Vaccination in Bombay 1863-1868 - 1863-1868
Year: 1863
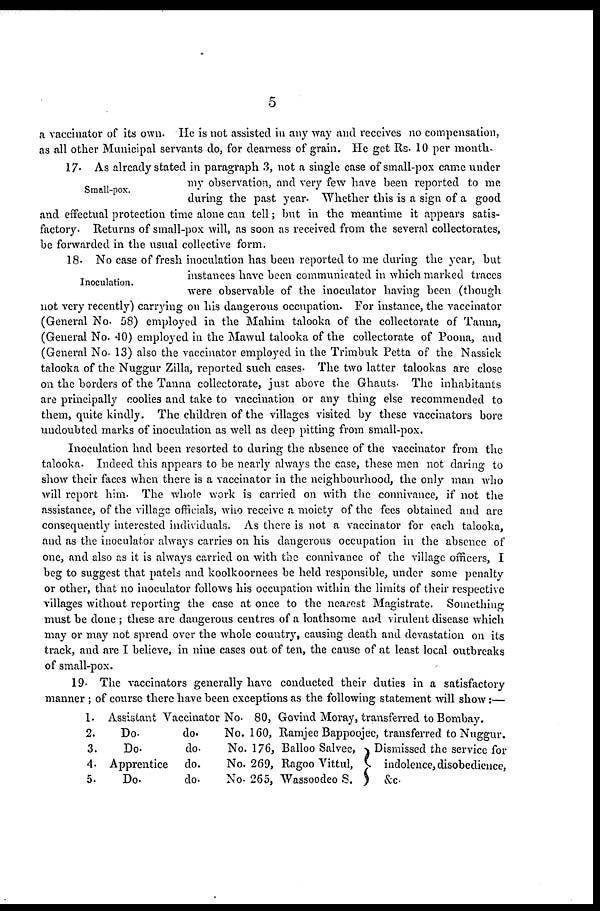
5
a vaccinator of its own. He is not assisted in any way and receives no compensation,
as all other Municipal servants do, for dearness of grain. He get Rs. 10 per month.
Small-pox.
17. As already stated in paragraph 3, not a single case of small-pox came under
my observation, and very few have been reported to me
during the past year. Whether this is a sign of a good
and effectual protection time alone can tell; but in the meantime it appears satis-
factory. Returns of small-pox will, as soon as received from the several collectorates,
be forwarded in the usual collective form.
Inoculation.
18. No case of fresh inoculation has been reported to me during the year, but
instances have been communicated in which marked traces
were observable of the inoculator having been (though
not very recently) carrying on his dangerous occupation. For instance, the vaccinator
(General No. 58) employed in the Mahim talooka of the collectorate of Tanna,
(General No. 40) employed in the Mawul talooka of the collectorate of Poona, and
(General No. 13) also the vaccinator employed in the Trimbuk Petta of the Nassick
talooka of the Nuggur Zilla, reported such cases. The two latter talookas are close
on the borders of the Tanna collectorate, just above the Ghauts. The inhabitants
are principally coolies and take to vaccination or any thing else recommended to
them, quite kindly. The children of the villages visited by these vaccinators bore
undoubted marks of inoculation as well as deep pitting from small-pox.
Inoculation had been resorted to during the absence of the vaccinator from the
talooka. Indeed this appears to be nearly always the case, these men not daring to
show their faces when there is a vaccinator in the neighbourhood, the only man who
will report him. The whole work is carried on with the connivance, if not the
assistance, of the village officials, who receive a moiety of the fees obtained and are
consequently interested individuals. As there is not a vaccinator for each talooka,
and as the inoculator always carries on his dangerous occupation in the absence of
one, and also as it is always carried on with the connivance of the village officers, I
beg to suggest that patels and koolkoornees be held responsible, under some penalty
or other, that no inoculator follows his occupation within the limits of their respective
villages without reporting the case at once to the nearest Magistrate. Something
must be done ; these are dangerous centres of a loathsome and virulent disease which
may or may not spread over the whole country, causing death and devastation on its
track, and are I believe, in nine cases out of ten, the cause of at least local outbreaks
of small-pox.
19. The vaccinators generally have conducted their duties in a satisfactory
manner ; of course there have been exceptions as the following statement will show:—
1.
2.
3.
4.
5.
Assistant Vaccinator No. 80, Govind Moray, transferred to Bombay.
Do.
do.
No. 160, Ramjee Bappoojee, transferred to Nuggur.
Do.
do.
No. 176, Balloo Salvec,
Apprentice do.
No. 269, Ragoo Vittul,
Do.
do.
No. 265, Wassoodeo S.
Dismissed the service for
indolence, disobedience,
&c.